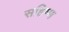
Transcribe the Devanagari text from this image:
सहिष्ण